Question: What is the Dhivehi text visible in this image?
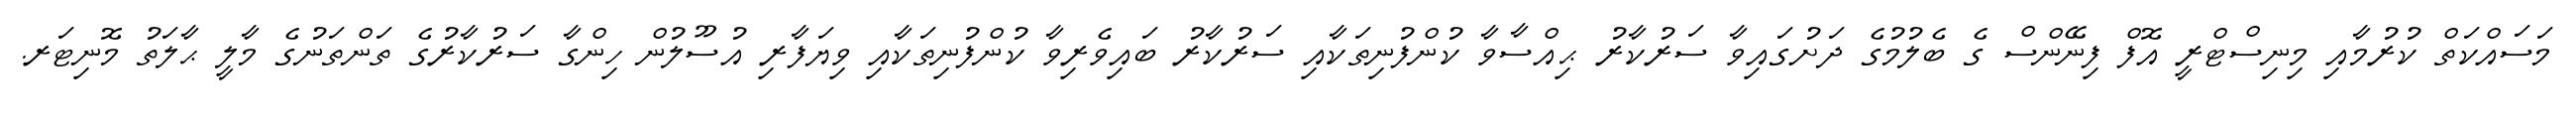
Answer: މަސައްކަތް ކުރުމާއި މިނިސްޓްރީ އޮފް ފިނޭންސް ގެ ބެލުމުގެ ދަށުގައިވާ ސަރުކާރު ޙިއްސާވާ ކުންފުނިތަކާއި ސަރުކާރު ބައިވެރިވާ ކުންފުނިތަކާއި ވިޔަފާރި އުސޫލުން ހިންގާ ސަރުކާރުގެ ތަންތަނުގެ މާލީ ޙާލަތު މޮނިޓަރ.